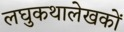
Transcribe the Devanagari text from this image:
लघुकथालेखकों